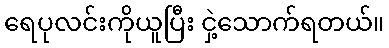
ရေပုလင်းကိုယူပြီး ငှဲ့သောက်ရတယ်။